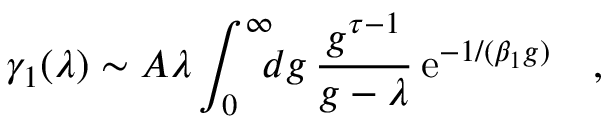
\gamma _ { 1 } ( \lambda ) \sim A \lambda \int _ { 0 } ^ { \infty } \! \! \! d g \, { \frac { g ^ { \tau - 1 } } { g - \lambda } } \, \mathrm { e } ^ { - 1 / ( \beta _ { 1 } g ) } \quad ,